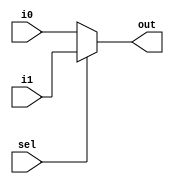
module mux16bit(output[15:0] out, input[15:0] i0, input[15:0] i1, input sel);
	assign out = sel ? i1 : i0;
endmodule